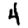
Digit: 4